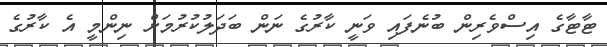
ޓާޓާގެ އިސްވެރިން ބުނެފައި ވަނީ ކާރުގެ ނަން ބަދަލުކުރުމަށް ނިންމީ އެ ކާރުގެ